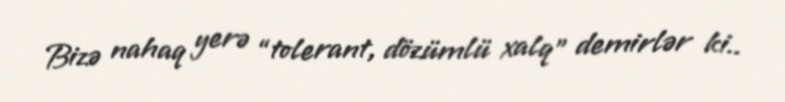
Bizə nahaq yerə “tolerant, dözümlü xalq” demirlər ki..